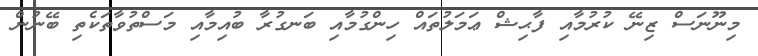
މިނޫނަސް ޒިނޭ ކުރުމާއި ފާޙިޝް ޢަމަލުތައް ހިންގުމާއި ބަނގުރާ ބުއިމާއި މަސްތުވާތަކެތި ބޭނުން